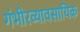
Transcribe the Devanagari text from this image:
गंभीरव्यावसायिक